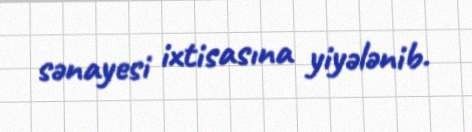
sənayesi ixtisasına yiyələnib.